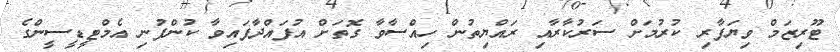
ޓޫރިޒަމް ވިޔަފާރި ކުރުމަށް ސަރުކާރާއި ރައްޔިތުން ހިއްސާވާ ގޮތަށް އުފައްދާފައިވާ ކުންފުނި އެމްޓީޑީސީންގެ